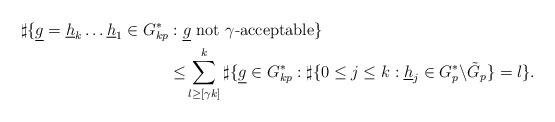
\begin{align*}\sharp\{\underline{g}= \underline h_k \dots \underline h_1 \in G^*_{kp}&:\underline{g} \mbox{ not $\gamma$-acceptable}\}\\ &\leq\! \displaystyle\sum_{l\geq [\gamma k]}^k\sharp\{\underline{g}\in G^*_{kp}:\sharp\{0\leq j\leq k:\underline{h}_j\in G^*_p\backslash\tilde G_p\}=l\}.\end{align*}